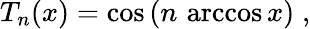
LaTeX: T_{n}(x)=\cos{(n\, \operatorname{arccos}{x})}\; ,